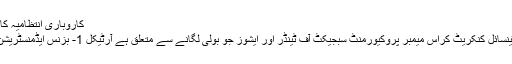
کاروباری انتظامیہ کا مالک of a) نام: [مزید ...]
بی 70 پری اسٹریچڈ پری ٹینسائل کنکریٹ کراس میمبر پروکیورمنٹ سبجیکٹ آف ٹینڈر اور ایشوز جو بولی لگانے سے متعلق ہے آرٹیکل 1- بزنس ایڈمنسٹریشن سے متعلق معلومات 1.1۔